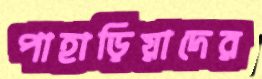
পাহাড়িয়াদের